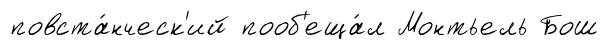
повста́нческ'ий пооб'еща́л Монтьель Бош